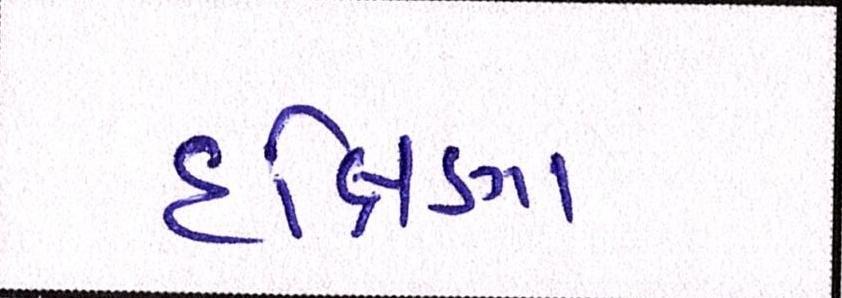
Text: દક્ષિણા